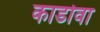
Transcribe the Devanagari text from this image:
कार्डोवा